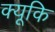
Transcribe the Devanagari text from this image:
क्यूकि